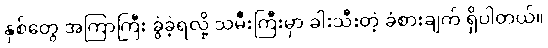
နှစ်တွေ အကြာကြီး ခွဲခဲ့ရလို့ သမီးကြီးမှာ ခါးသီးတဲ့ ခံစားချက် ရှိပါတယ်။